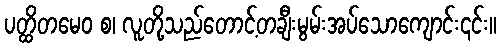
ပတ္ထိတမေဝ စ၊ လူတို့သည်တောင့်တချီးမွမ်းအပ်သောကျောင်း၎င်း။